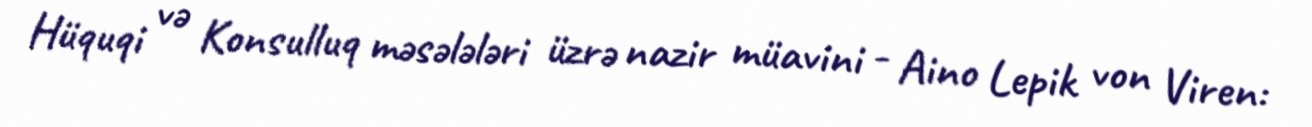
Hüquqi və Konsulluq məsələləri üzrə nazir müavini - Aino Lepik von Viren: